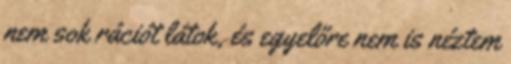
nem sok rációt látok, és egyelőre nem is néztem